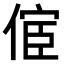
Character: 𠋪